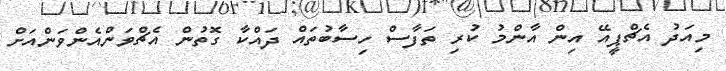
މިއަދު އެޗްޕީއޭ އިން އާންމު ކުރި ތަފާސް ހިސާބުތައް ދައްކާ ގޮތުން އެޗްވަންއެންވަންއަށް